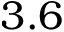
3 . 6